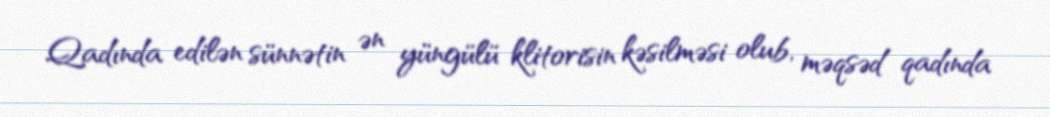
Qadında edilən sünnətin ən yüngülü klitorisin kəsilməsi olub, məqsəd qadında